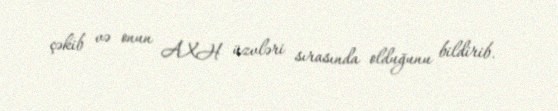
çəkib və onun AXH üzvləri sırasında olduğunu bildirib.